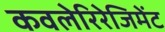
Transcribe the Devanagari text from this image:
कवलेरिरेजिमेंट